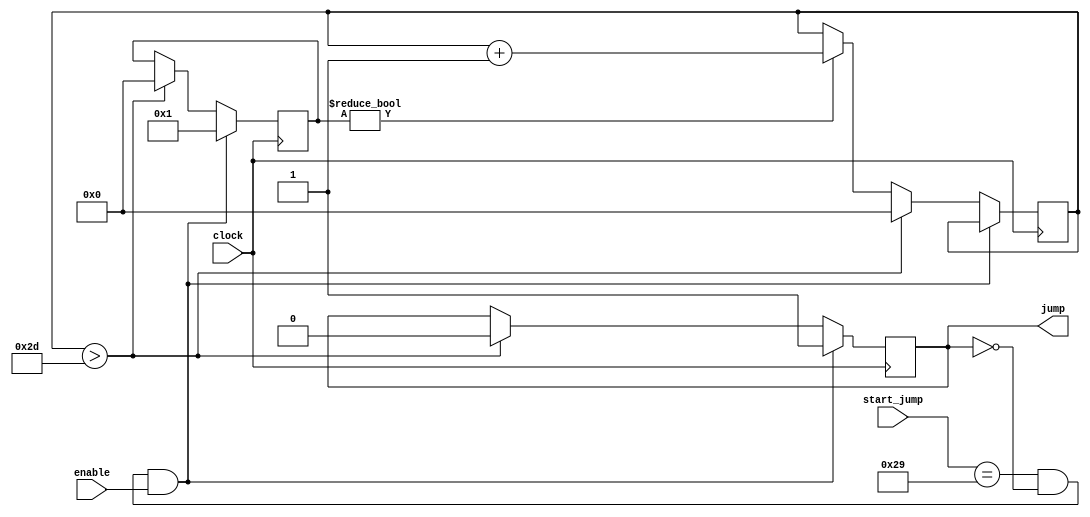
module Jump_Counter(input clock, enable, input[7:0] start_jump, output reg jump);
	
	parameter JUMP_COUNT = 45;
	
	initial jump = 0;
	
	reg[5:0] count = 0, flag = 0;
	
	always @(posedge clock)
		begin
			if (start_jump == 8'h29 && !jump && enable) begin
				flag <= 1;
				jump <= 1;
			end
			else if (count > JUMP_COUNT) begin
				flag <= 0;
				count <= 0;
				jump <= 0;
			end
			else if (flag) begin
				count <= count + 1;
			end
		end
endmodule